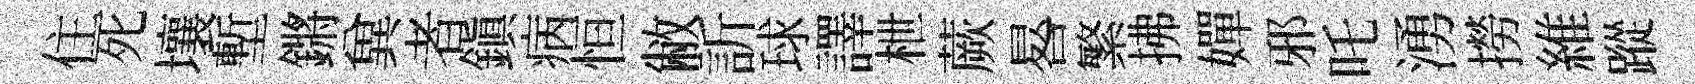
住死壤塹鏘兾者鎭病恒敝訢球譯枻蕨晷繁拂嬋邪吒湧撈維蹤